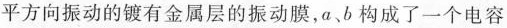
平方向振动的镀有金属层的振动膜，a、b构成了一个电容